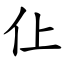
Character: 仩